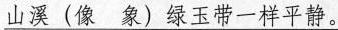
山溪(像 象)绿玉带一样平静。